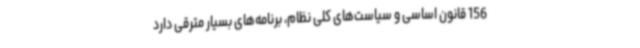
156 قانون اساسی و سیاست‌های کلی نظام، برنامه‌های بسیار مترقی دارد